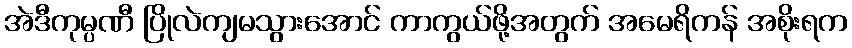
အဲဒီကုမ္ပဏီ ပြိုလဲကျမသွားအောင် ကာကွယ်ဖို့အတွက် အမေရိကန် အစိုးရက